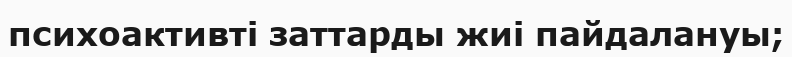
психоактивті заттарды жиі пайдалануы;